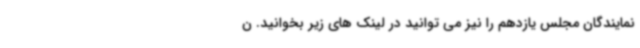
نمایندگان مجلس یازدهم را نیز می توانید در لینک های زیر بخوانید. ن